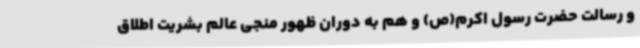
و رسالت حضرت رسول اکرم(ص) و هم به دوران ظهور منجی عالم بشریت اطلاق